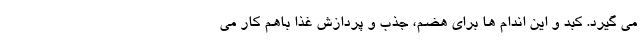
می گیرد. کبد و این اندام ها برای هضم، جذب و پردازش غذا باهم کار می